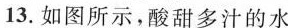
13. 如图所示，酸甜多汁的水